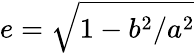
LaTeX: e=\sqrt{1-b^{2}/a^{2}}